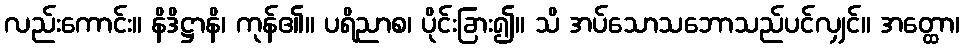
လည်းကောင်း။ နိဒိဋ္ဌာနိ၊ ကုန်၏။ ပရိညာစ၊ ပိုင်းခြား၍။ သိ အပ်သောသဘောသည်ပင်လျှင်။ အတ္ထော၊